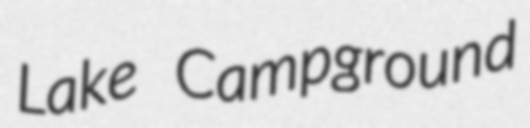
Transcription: Lake Campground